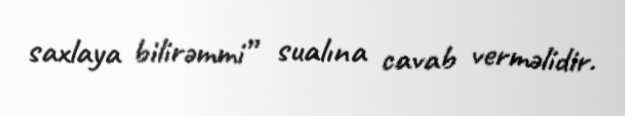
saxlaya bilirəmmi” sualına cavab verməlidir.